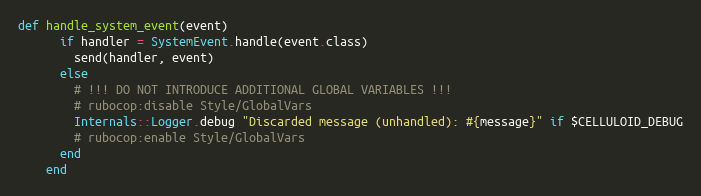
Language: Ruby
def handle_system_event(event)
      if handler = SystemEvent.handle(event.class)
        send(handler, event)
      else
        # !!! DO NOT INTRODUCE ADDITIONAL GLOBAL VARIABLES !!!
        # rubocop:disable Style/GlobalVars
        Internals::Logger.debug "Discarded message (unhandled): #{message}" if $CELLULOID_DEBUG
        # rubocop:enable Style/GlobalVars
      end
    end